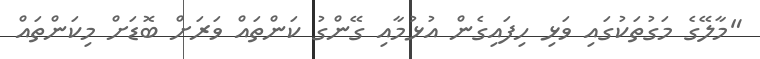
"މާލޭގެ މަގުތަކުގައި ވަޅި ހިފައިގެން އުޅުމާއި ގޭންގު ކަންތައް ވަރަށް ބޮޑަށް މިކަންތައް